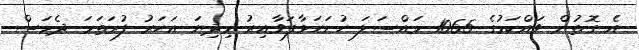
އެ ގޮތުން ވައްކަމުގެ 1065 މައްސަލަ ހުށަހަޅާފަވާއިރު މިދިޔަ އަހަރު ފުރަތަމަ ދެމަސް